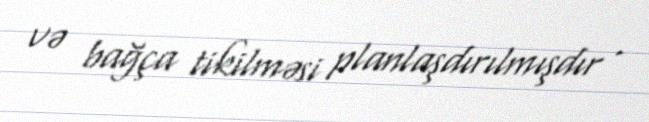
və bağça tikilməsi planlaşdırılmışdır .